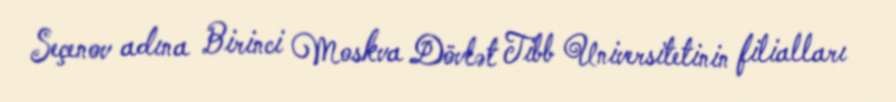
Seçenov adına Birinci Moskva Dövlət Tibb Universitetinin filialları